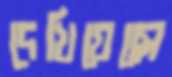
দেখিয়েছো